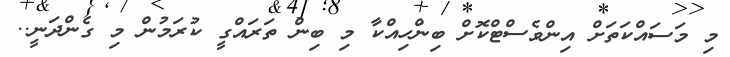
މި މަސައްކަތަށް އިންވެސްޓްކޮށް ބިންހިއްކާ މި ބިން ތަރައްގީ ކުރަމުން މި ގެންދަނީ..